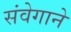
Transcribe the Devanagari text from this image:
संवेगाने